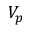
V _ { p }